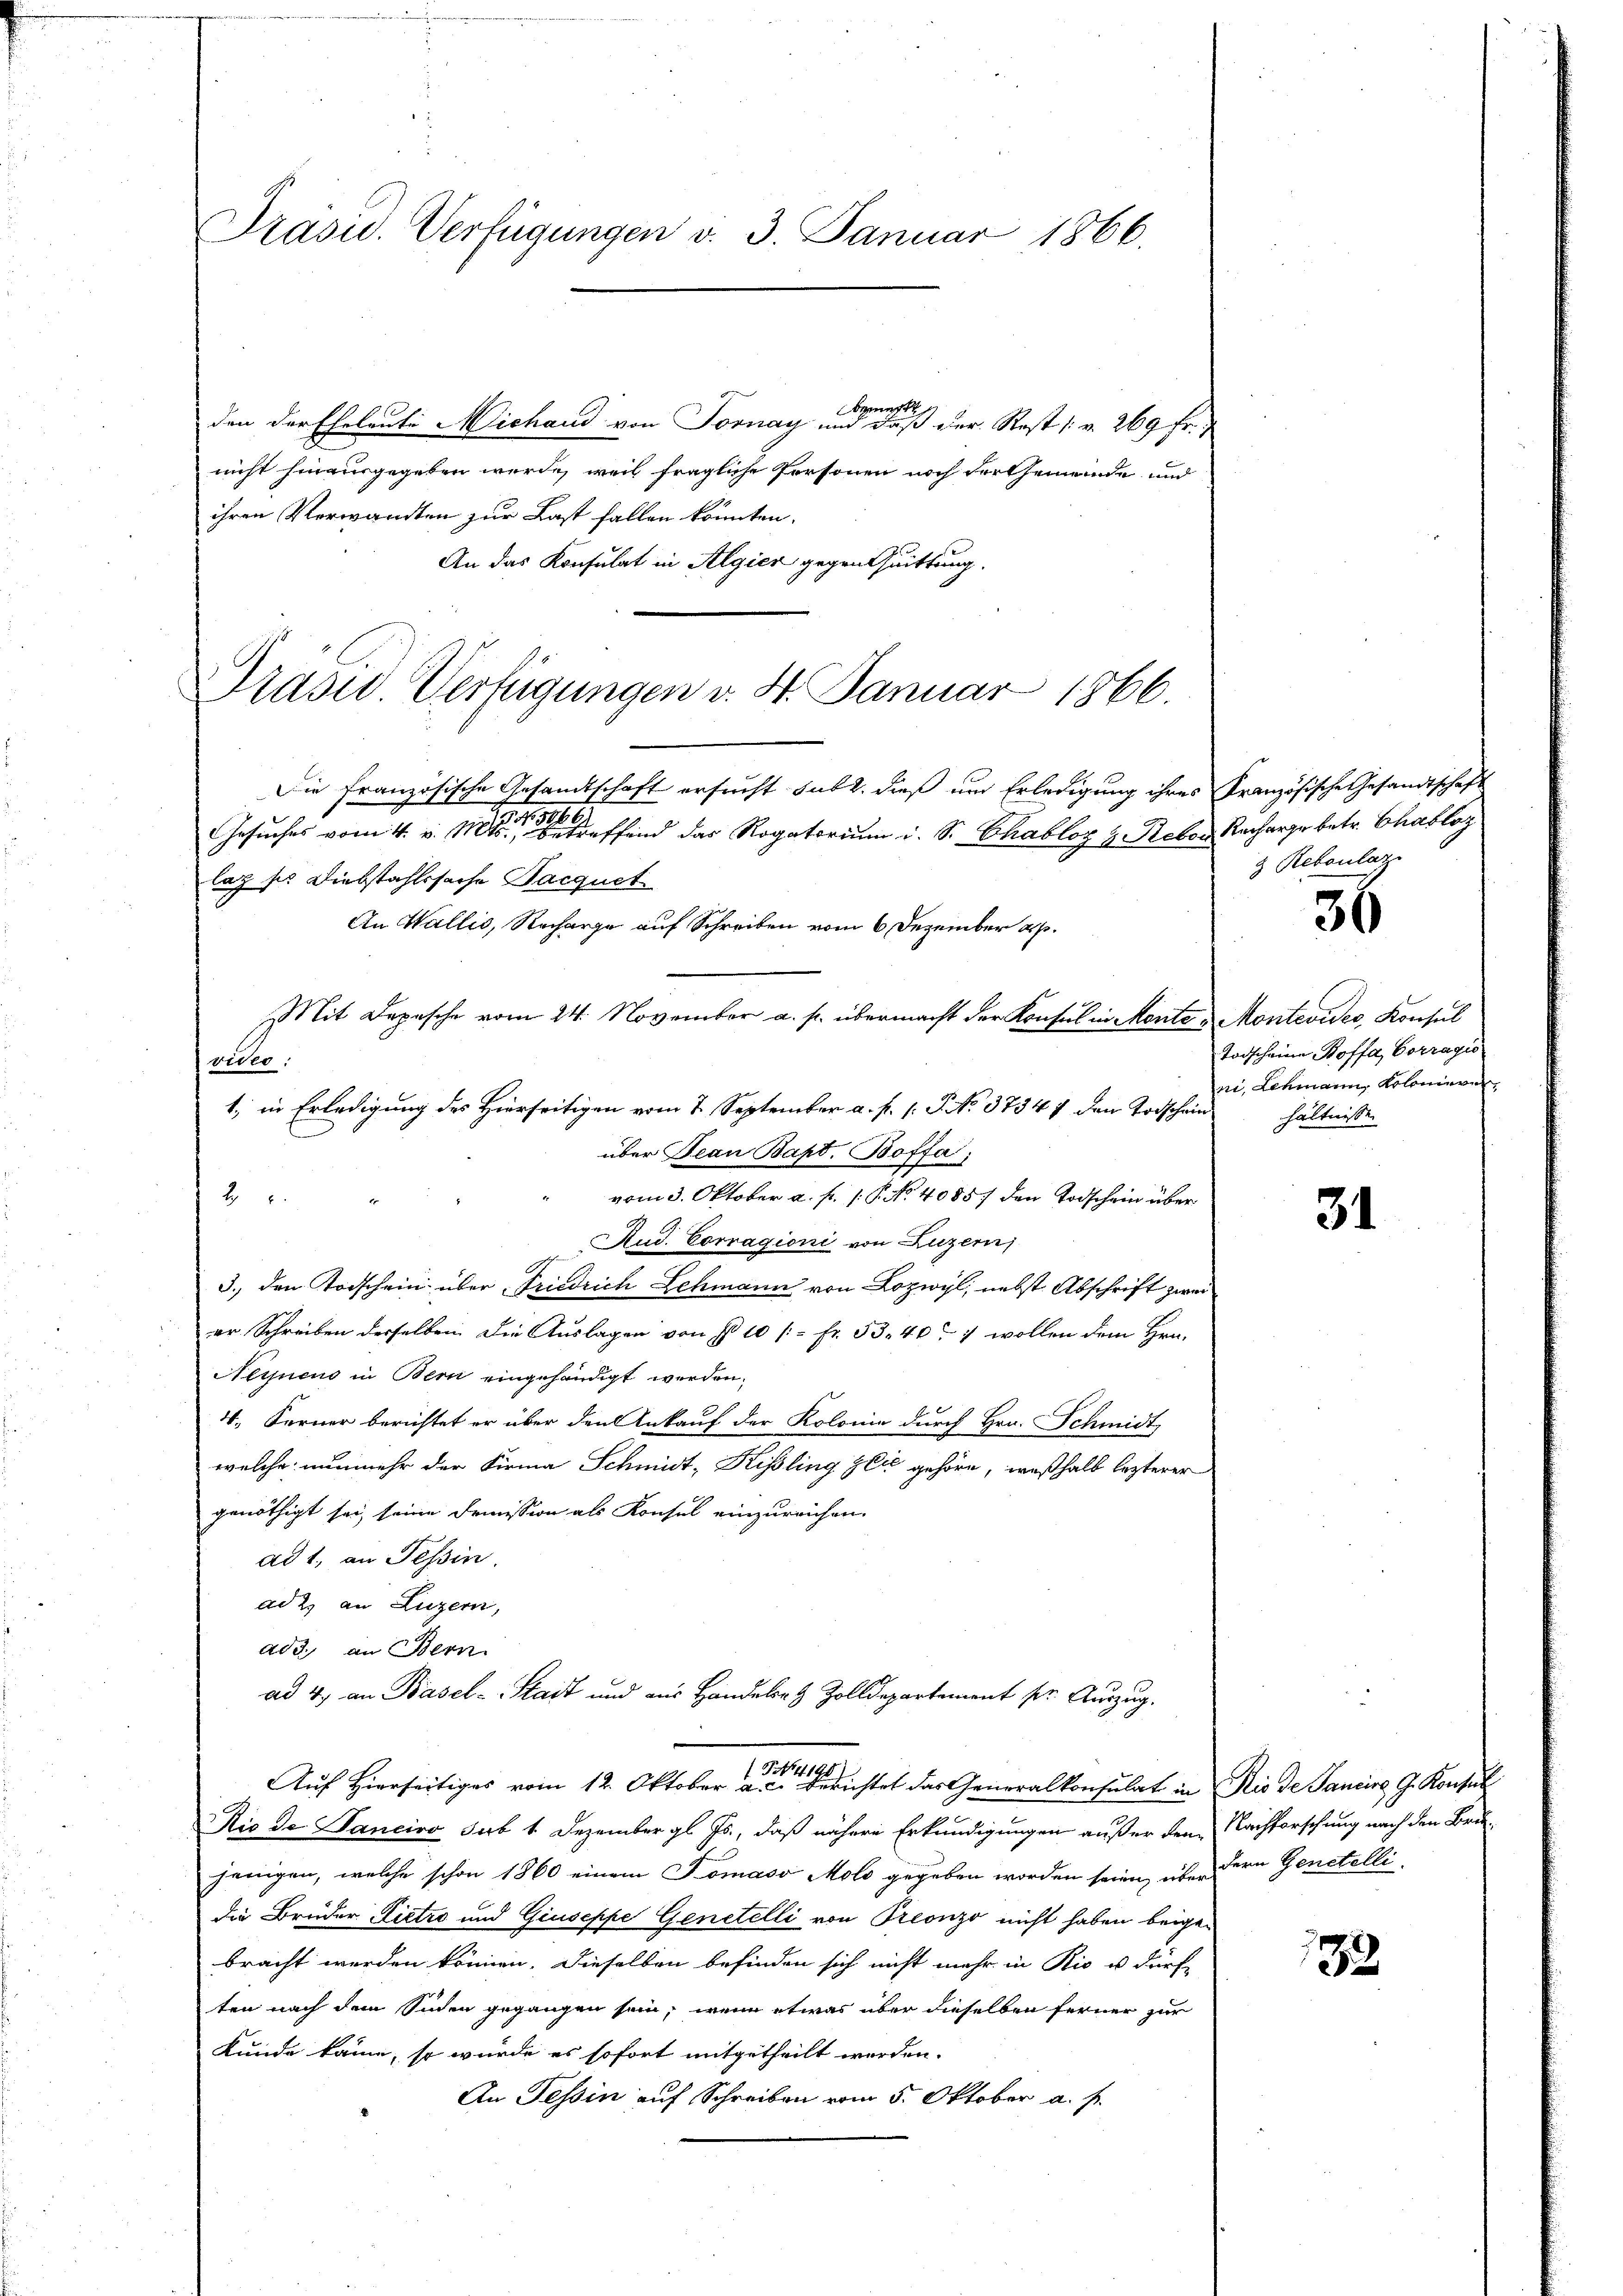
Präsid. Verfügungen v. 3. Januar 1866.

den der Eheleute Michand von Tornay und er aus der Rest /: v. 269 Fr.
nicht hineingegeben werde, weil fragliche Personen noch der Gemeinde und
ihren Verwandten zur Last fallen könnten.
An das Konsulat in Algien gegen Quittung.

Präsid. Verfügungen v. 4. Januar 1866.

Die Französische Gesandtschaft ersucht subt. dieß um Erledigung ihres Französische Gesandtschaft
e
t
Gesŭches vom 4. v. Mts., betreffend das Rogatorium i. S. Chabloz & Reben Recharge betr. Chabloz
lag sie Diebstahlssache Pacquet
An Wallis, Recharge auf Schreiben vom 6 Dezember a. p.
Mit Depesche vom 24. November a. p. übermacht der Konfel in Monte u Montevides, Konsul
frider.
1., in Erledigung des Hierseitigen vom 7. September a. p. 1. P. No. 37347 den Todschein hältnissen
über Jean Bapt. Boffa;
vom 3. Oktober a. f. 1. P. No 4085/ den Todschein über
2
Aud. Corragioni von Luzern
3., den Todschein über Friedrich Schmann von Lozwyl, nebst Abschrift zwei
er Schreiben derselben. Die Auslagen von § 10 /:- Fr. 53. 40. 7 wollen dem Hrn.
Neynens in Bern eingehändigt werden.
4. Ferner berichtet er über den Ankauf der Kolonie durch Hrn. Schmidt,
welche nunmehr der Firma Schmidt, Kissling Zeit gehöre, weßhalb lezterer
genöthigt sei, seine Demission als Konsul einzureichen.
ad 1., an Tessin.
ad 2. an Luzern,
ad 3. an Bern.
ad 4. an Basel-Stadt und aus Handels- & Zolldepartement pr. Auszug.
Auf Hierseitiges vom 12. Oktober an der Berichtet das Generalkonsulat in Rio de Sancire G. Konsul
Rio de Janciro sub 1 Dezember gl. Js., daß nähere Erkundigungen außer dem Nachforschung nach den Bru-
jenigen, welche schon 1860 einem Somaso Molo gegeben worden seien, über der Genetalli
die Brüder Lietro und Giuseppe Genetelli von Preonzo nicht haben beigebracht werden können. Dieselben befinden sich nicht mehr in Rio u dürf-
ten nach dem Sinden gegangen sein, wenn etwas über dieselben ferner zur
Kunde käme, so würde es sofort mitgetheilt worden.
An Tessin auf Schreiben vom 5. Oktober a. f.

3 Rebenlag

56

Todscheine Boffa, Corragio
ni, Lehmann, Kolonieren

31

39